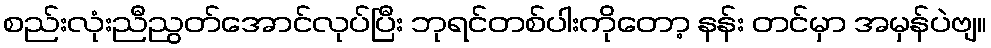
စည်းလုံးညီညွတ်အောင်လုပ်ပြီး ဘုရင်တစ်ပါးကိုတော့ နန်း တင်မှာ အမှန်ပဲဗျ။